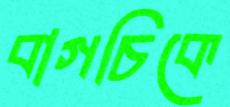
বাগচিকে